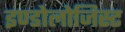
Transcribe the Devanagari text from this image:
इण्डोलोजिस्ट